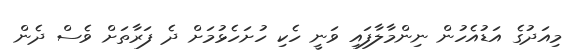
މިއަދުގެ އަޑުއެހުން ނިންމާލާފައި ވަނީ ހެކި ހުށަހެޅުމަށް ދެ ފަރާތަށް ވެސް ދެން